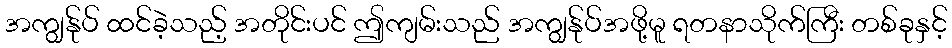
အကျွန်ုပ် ထင်ခဲ့သည့် အတိုင်းပင် ဤကျမ်းသည် အကျွန်ုပ်အဖို့မူ ရတနာသိုက်ကြီး တစ်ခုနှင့်